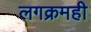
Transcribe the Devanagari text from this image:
लगक्रमही